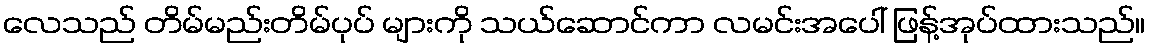
လေသည် တိမ်မည်းတိမ်ပုပ် များကို သယ်ဆောင်ကာ လမင်းအပေါ် ဖြန့်အုပ်ထားသည်။